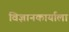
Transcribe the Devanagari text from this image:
विज्ञानकार्याला